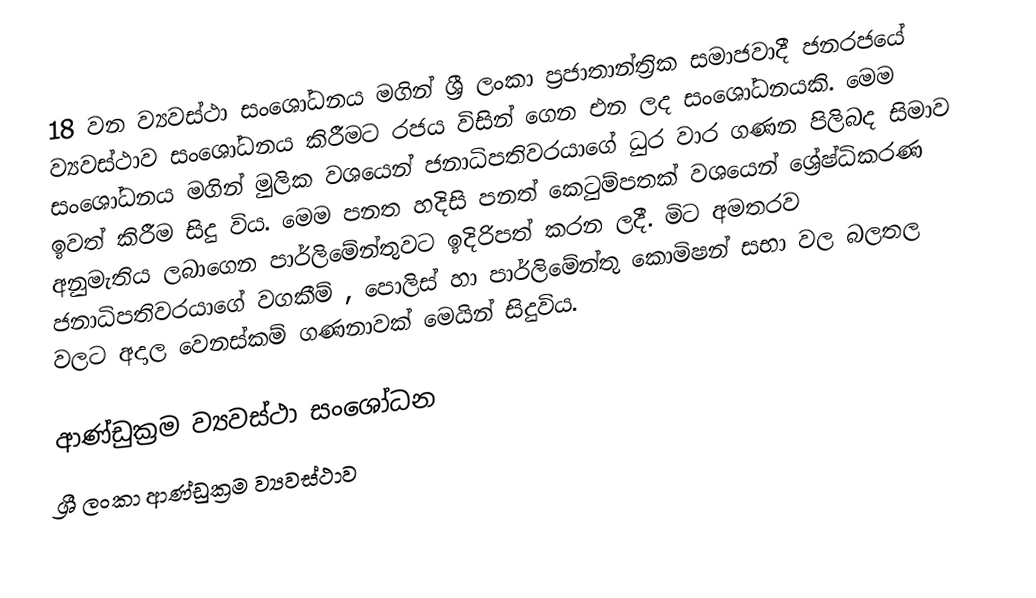
18 වන ව්‍යවස්ථා සංශෝධනය මගින් ශ්‍රී ලංකා ප්‍රජාතාන්ත්‍රික සමාජවාදී ජනරජයේ ව්‍යවස්ථාව සංශෝධනය කිරීමට රජය විසින් ගෙන එන ලද සංශෝධනයකි. මෙම සංශෝධනය මගින් මුලික වශයෙන් ජනාධිපතිවරයාගේ ධුර වාර ගණන පිලිබද සිමාව ඉවත් කිරීම සිදු විය. මෙම පනත හදිසි පනත් කෙටුම්පතක් වශයෙන් ශ්‍රේෂ්ධිකරණ අනුමැතිය ලබාගෙන පාර්ලිමේන්තුවට ඉදිරිපත් කරන ලදී. මිට අමතරව ජනාධිපතිවරයාගේ වගකීම් , පොලිස් හා පාර්ලිමේන්තු කොමිෂන් සභා වල බලතල වලට අදාල වෙනස්කම් ගණනාවක් මෙයින් සිදුවිය.

ආණ්ඩුක්‍රම ව්‍යවස්ථා සංශෝධන
ශ්‍රී ලංකා ආණ්ඩුක්‍රම ව්‍යවස්ථාව